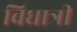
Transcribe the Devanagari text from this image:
विधात्री